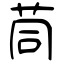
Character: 茼